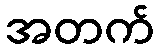
အတက်